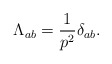
\begin{align*}\Lambda_{ab} = \frac{1}{p^2} \delta_{ab}.\end{align*}